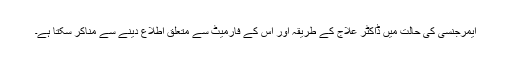
ایمرجنسی کی حالت میں ڈاکٹر علاج کے طریقہ اَور اُس کے فارميٹ سے متعلق اطلاع دینے سے مناکر سکتا ہے۔